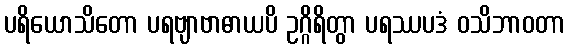
ပရိယောသိတော ပရဗျာဗာဓာယပိ ဥဂ္ဂိရိတွာ ပရဿပဒံ ဝသိဘာဝတာ